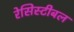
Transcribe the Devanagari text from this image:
रेसिस्टीबल